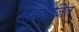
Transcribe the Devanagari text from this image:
सहस्राजित